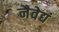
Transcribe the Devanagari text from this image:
नैवेद्यं